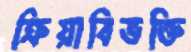
ক্রিয়াবিভক্তি